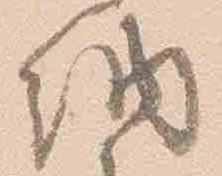
納